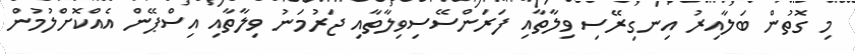
މި ގޮތުން ބަލާއިރު އިނގިރޭސި ވިލާތާއި ފަރަންސޭސިވިލާތާއި ޖަރުމަނު ވިލާތާއި އިސްޕޭން އެއްކޮށްލުމުން